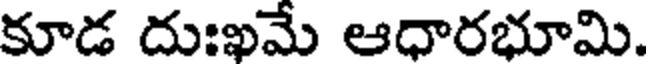
కూడ దుఃఖమే ఆధారభూమి.